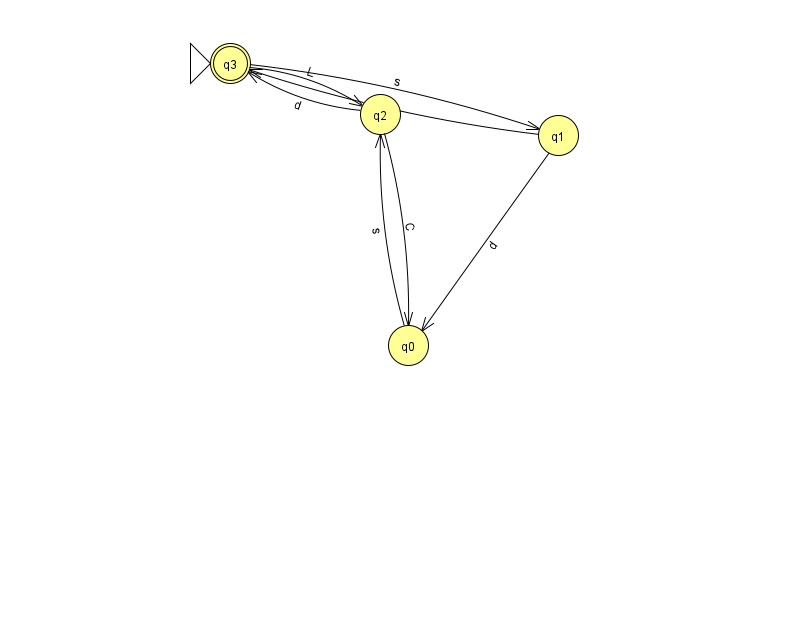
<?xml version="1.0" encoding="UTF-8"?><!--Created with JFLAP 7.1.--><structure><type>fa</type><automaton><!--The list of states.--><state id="0" name="q0"><x>408.0</x><y>332.0</y></state><state id="1" name="q1"><x>558.0</x><y>122.0</y></state><state id="2" name="q2"><x>380.0</x><y>101.0</y></state><state id="3" name="q3"><x>230.0</x><y>50.0</y><initial/><final/></state><!--The list of transitions.--><transition><from>3</from><to>1</to><read>s</read></transition><transition><from>0</from><to>2</to><read>s</read></transition><transition><from>1</from><to>3</to><read>e</read></transition><transition><from>2</from><to>0</to><read>C</read></transition><transition><from>3</from><to>2</to><read>L</read></transition><transition><from>1</from><to>0</to><read>d</read></transition><transition><from>2</from><to>3</to><read>d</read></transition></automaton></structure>